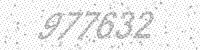
Solution: 977632